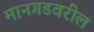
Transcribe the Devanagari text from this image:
मानगडवरील